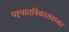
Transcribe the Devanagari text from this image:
पश्र्चात्‌विकासवागद